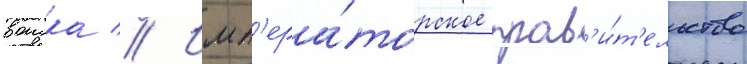
воиска // Имп'ера́торское прав'и́т'ельство